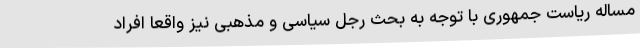
مساله ریاست جمهوری با توجه به بحث رجل سیاسی و مذهبی نیز واقعا افراد